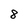
Character: 8